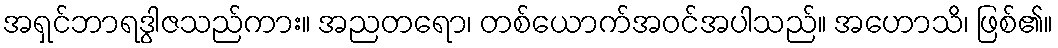
အရှင်ဘာရဒွါဇသည်ကား။ အညတရော၊ တစ်ယောက်အဝင်အပါသည်။ အဟောသိ၊ ဖြစ်၏။